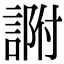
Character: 𧨽